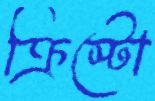
ক্রিস্টো